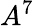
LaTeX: A^{7}